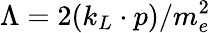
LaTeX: \Lambda=2(k_{L}\cdot p)/m_{e}^{2}